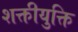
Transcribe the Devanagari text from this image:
शक्तीयुक्ति